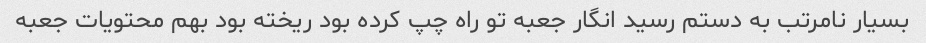
بسیار نامرتب به دستم رسید انگار جعبه تو راه چپ کرده بود ریخته بود بهم محتویات جعبه